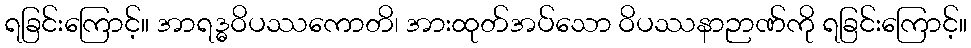
ရခြင်းကြောင့်။ အာရဒ္ဓဝိပဿကောတိ၊ အားထုတ်အပ်သော ဝိပဿနာဉာဏ်ကို ရခြင်းကြောင့်။